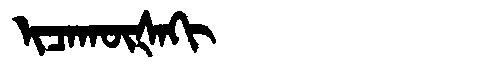
Manchu: ᡳᠴᠠᡴᡡᡧᠠᡴᡳ
Romanization: ICAKŪŠAKI